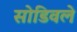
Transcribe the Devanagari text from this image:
सोडिवले